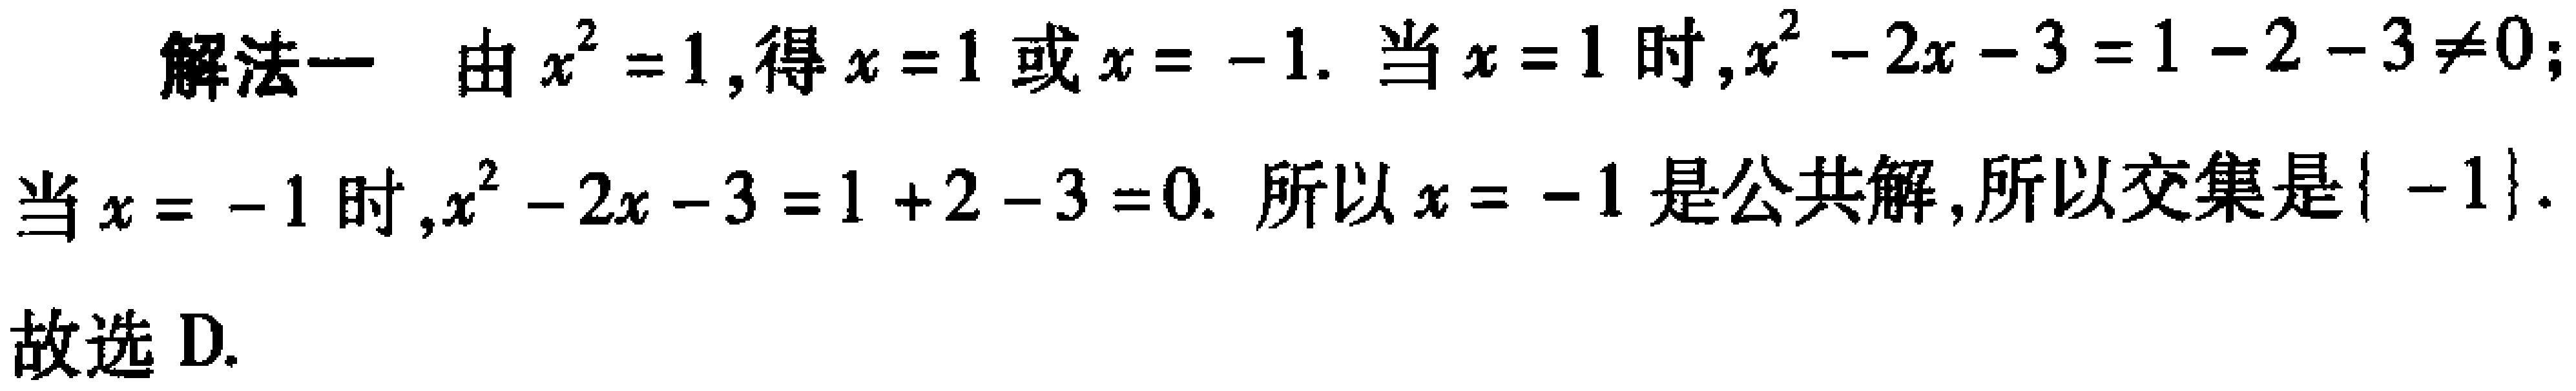
解法一 由\(x^{2}=1\)，得\(x = 1\)或\(x = - 1\). 当\(x = 1\)时，\(x^{2}-2x - 3=1 - 2 - 3\neq0\)；当\(x = - 1\)时，\(x^{2}-2x - 3=1 + 2 - 3 = 0\). 所以\(x = - 1\)是公共解，所以交集是\(\{ - 1\}\). 故选 D.